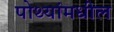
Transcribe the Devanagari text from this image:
पोथ्यांमधील